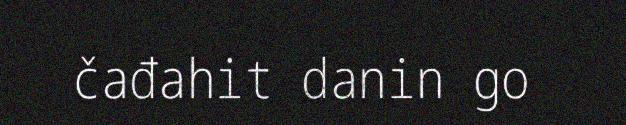
čađahit danin go